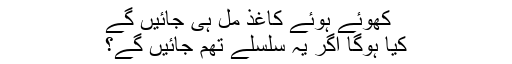
کھوئے ہوئے کاغذ مل ہی جائیں گے
کیا ہوگا اگر یہ سلسلے تھم جائیں گے؟